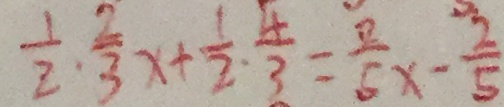
\frac { 1 } { 2 } \cdot \frac { 2 } { 3 } x + \frac { 1 } { 2 } \cdot \frac { 4 } { 3 } = \frac { 2 } { 6 } x - \frac { 2 } { 5 }